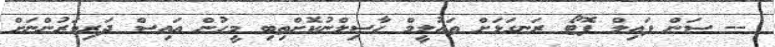
-- ސަން ފައިލް ފޮޓޯ ރަނގަޅަށް ތައުލީމް ހާސިލްނުކޮށްތިބި މީހުން އައިސް ދަރިވަރުންނަށް